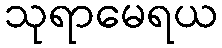
သုရာမေရယ